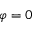
\varphi = 0